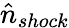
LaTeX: \hat{n}_{shock}